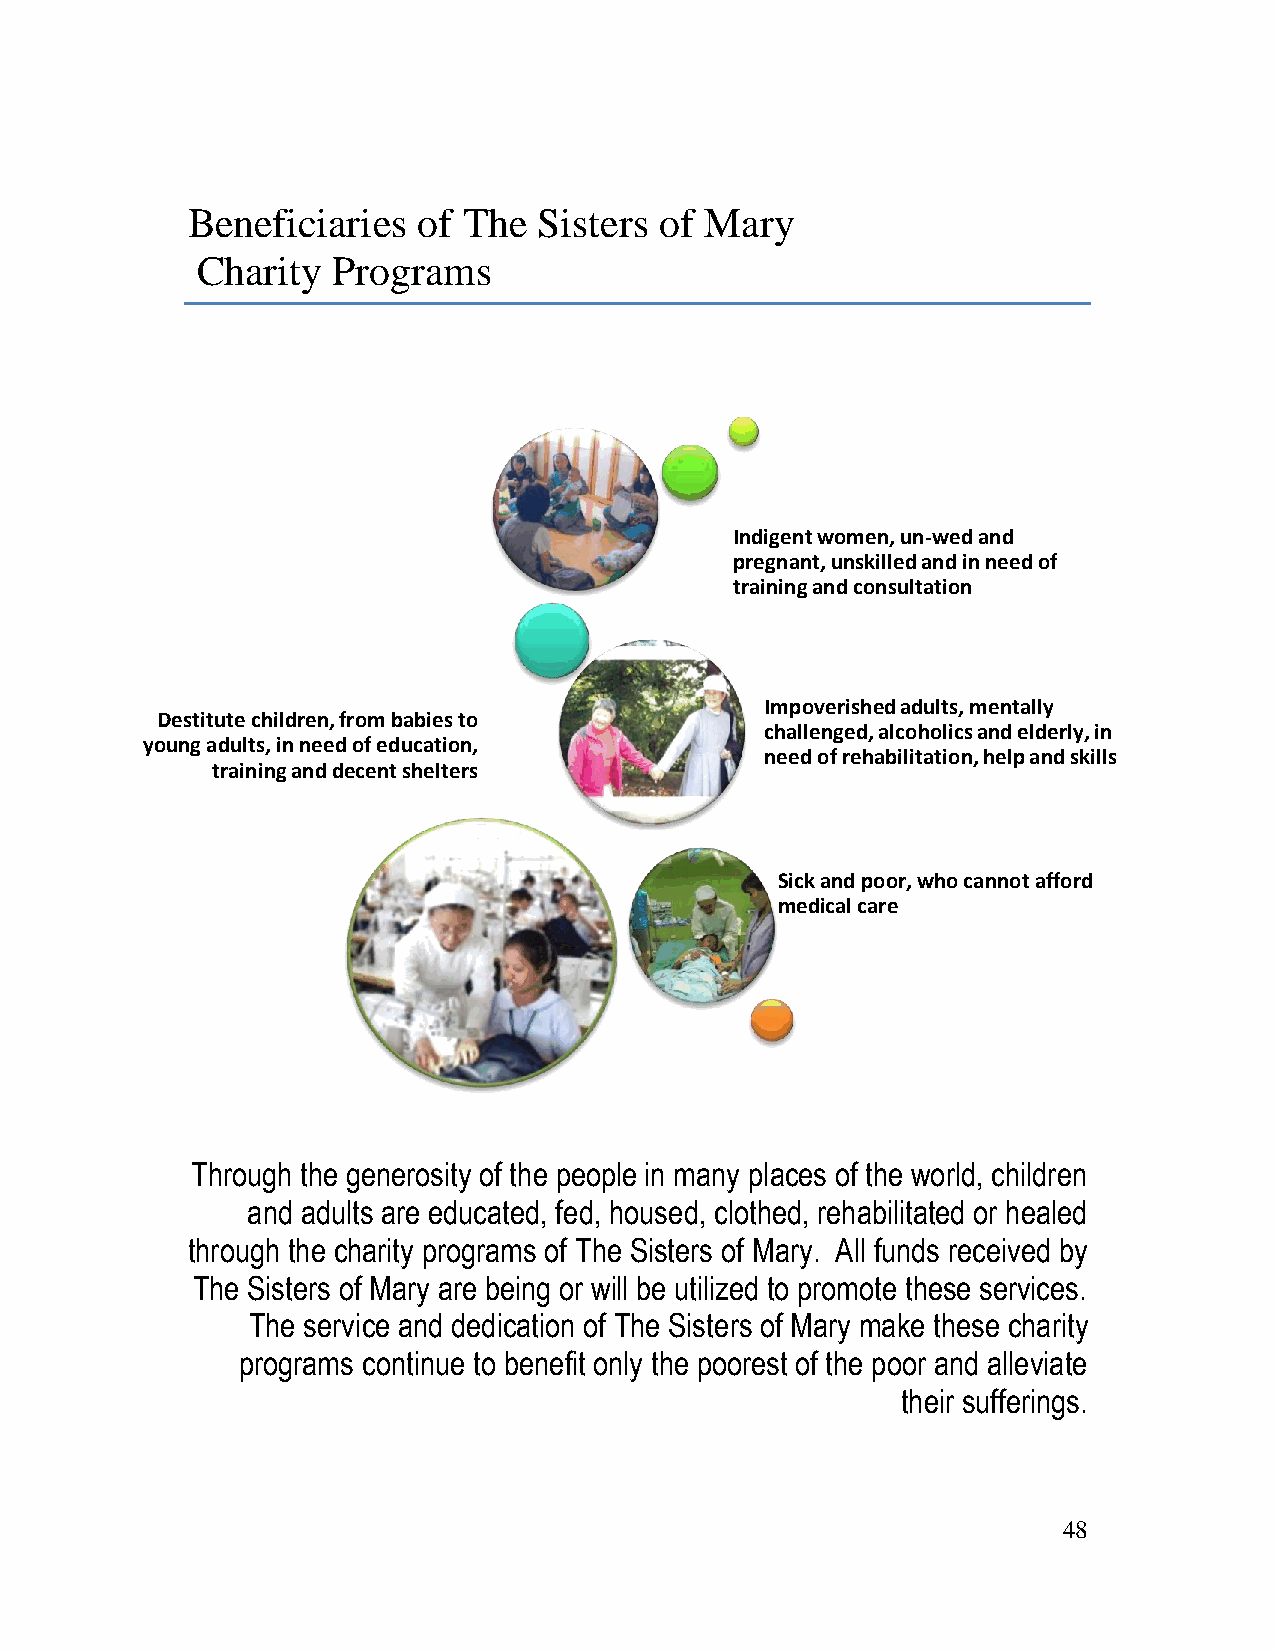
Beneficiaries   of The  Sisters of Mary
 Charity  Programs
 Indigent women, un-wed and
 pregnant, unskilled and in need of
 training and consultation
 Impoverished adults, mentally
 Destitute children, from babies to
 challenged, alcoholics and elderly, in
 young adults, in need of education,
 need of rehabilitation, help and skills
 training and decent shelters
 Sick and poor, who cannot afford
 medical care
 Through the generosity of the people in many places of the world, children
 and adults are educated, fed, housed, clothed, rehabilitated or healed
 through the charity programs of The Sisters of Mary. All funds received by
 The Sisters of Mary are being or will be utilized to promote these services.
 The service and dedication of The Sisters of Mary make these charity
 programs continue to benefit only the poorest of the poor and alleviate
 their sufferings.
 48